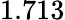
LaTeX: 1.713